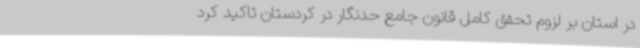
در استان بر لزوم تحقق کامل قانون جامع حدنگار در کردستان تاکید کرد